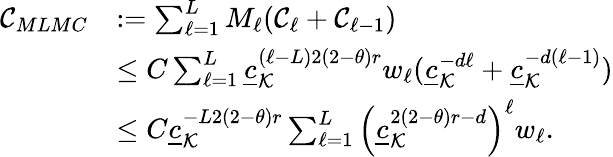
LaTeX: \begin{array}{rl}{\mathcal{C}_{MLMC}}&{:=\sum_{\ell=1}^{L}M_{\ell}(\mathcal{C}_{\ell}+\mathcal{C}_{\ell-1})}\\ &{\le C\sum_{\ell=1}^{L}\underline{c}_{\mathcal{K}}^{(\ell-L)2(2-\theta)r}w_{\ell}(\underline{c}_{\mathcal{K}}^{-d\ell}+\underline{c}_{\mathcal{K}}^{-d(\ell-1)})}\\ &{\le C\underline{c}_{\mathcal{K}}^{-L2(2-\theta)r}\sum_{\ell=1}^{L}\left(\underline{c}_{\mathcal{K}}^{2(2-\theta)r-d}\right)^{\ell}w_{\ell}.}\end{array}